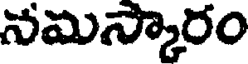
నమస్కారం